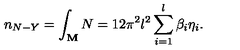
n _ { N - Y } = \int _ { { \bf M } } N = 1 2 \pi ^ { 2 } l ^ { 2 } \sum _ { i = 1 } ^ { l } \beta _ { i } \eta _ { i } .